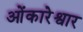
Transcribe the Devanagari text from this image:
ओंकारेश्वार